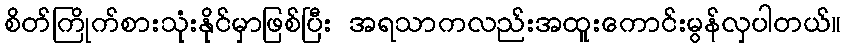
စိတ်ကြိုက်စားသုံးနိုင်မှာဖြစ်ပြီး အရသာကလည်းအထူးကောင်းမွန်လှပါတယ်။